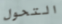
التحول